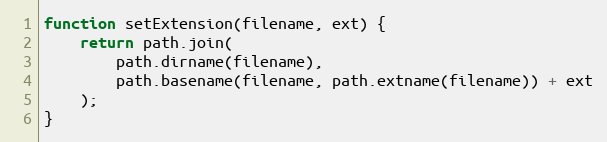
Language: JavaScript
function setExtension(filename, ext) {
    return path.join(
        path.dirname(filename),
        path.basename(filename, path.extname(filename)) + ext
    );
}